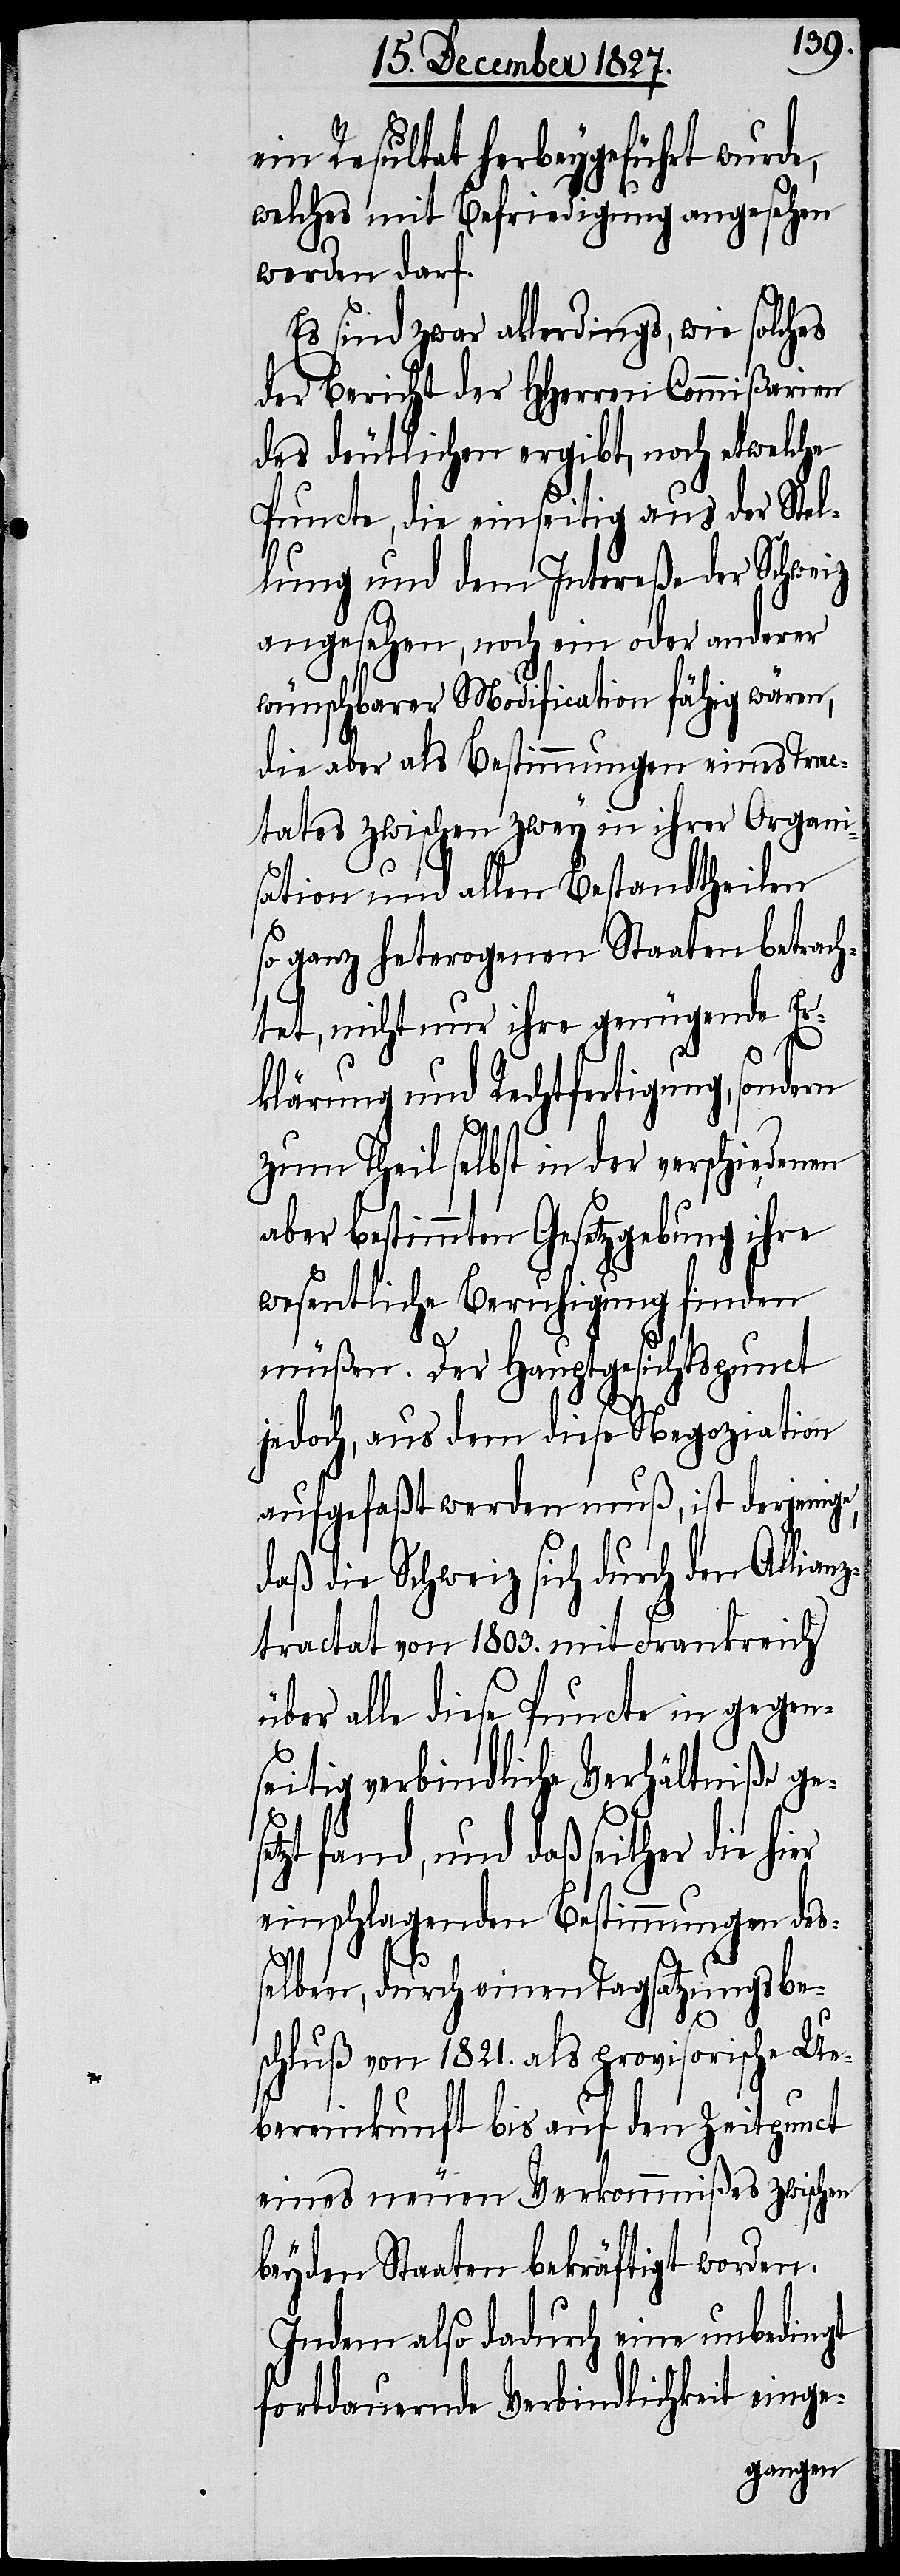
ein Resultat herbeygeführt wurde,
welches mit Befriedigung angesehen
werden darf.
Es sind zwar allerdings, wie solches
der Bericht der HHeren Commißarien
des deutlichen ergibt, noch etwelche
Puncte, die einseitig aus der Stel¬
lung und dem Intereße der Schweiz
angesehen, noch ein oder anderer
wünschbarer Modification fähig wären,
die aber als Bestimmungen eines Trac¬
tates zwischen zwey in ihrer Organi¬
er
sation und allen Bestandtheilen
so ganz heterogenen Staaten betrach¬
tet, nicht nur ihre genügende Er¬
klärung und Rechtfertigung, sonde¬
zum Theil selbst in der verschiedenen
aber bestimmten Gesetzgebung ihre
wesentliche Beruhigung finden
müßen. Der Hauptgesichtspunct
jedoch, aus dem diese Negoziation
aufgefaßt werden muß, ist derjenige,
daß die Schweiz sich durch den Allian¬
ztractat von 1803. mit Frankreich
über alle diese Puncte in gegen¬
seitig verbindliche Verhältniße ges¬
etzt fand, und daß seither die hi¬
einschlagenden Bestimmungen des¬
selben, durch einen Tagsatzungsbe¬
schluß von 1821. als provisorische Ue¬
bereinkunft bis auf den Zeitpunct
eines neuen Verkommnißes zwischen
beyden Staaten bekräftigt worden.
Indem also dadurch eine unbedingt
fortdauernde Verbindlichkeit einge-